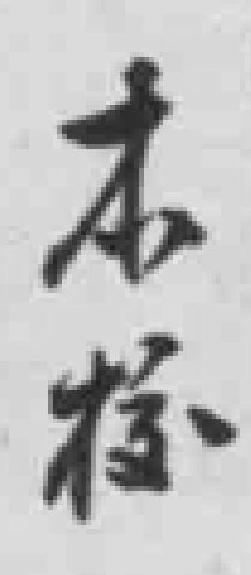
本校